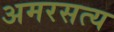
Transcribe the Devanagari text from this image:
अमरसत्य